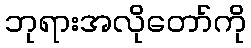
ဘုရားအလိုတော်ကို